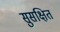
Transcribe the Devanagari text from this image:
सुसक्षित